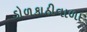
ડોળકાઠીવાળા